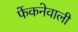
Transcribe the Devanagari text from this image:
फेंकनेवाली